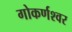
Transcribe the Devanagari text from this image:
गोकर्णश्वर